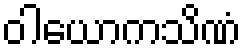
ဝါယောကသိဏံ